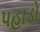
પહાડો